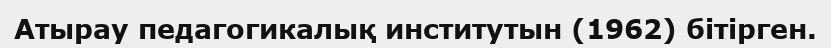
Атырау педагогикалық институтын (1962) бітірген.